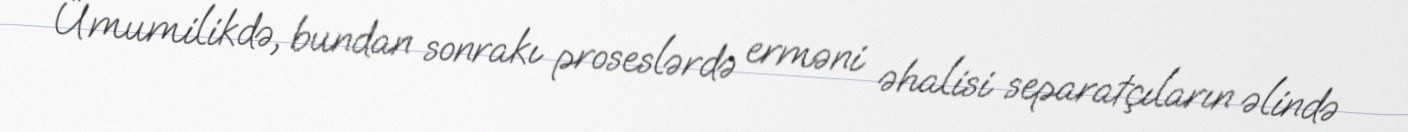
Ümumilikdə, bundan sonrakı proseslərdə erməni əhalisi separatçıların əlində